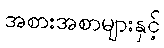
အစားအစာများနှင့်